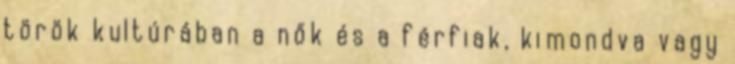
török kultúrában a nők és a férfiak, kimondva vagy